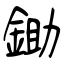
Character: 鋤